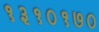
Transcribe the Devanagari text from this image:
१३१०१७०